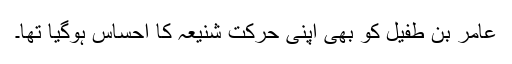
عامر بن طفیل کو بھی اپنی حرکتِ شنیعہ کا احساس ہوگیا تھا۔